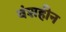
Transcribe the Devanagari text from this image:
वंशहीन